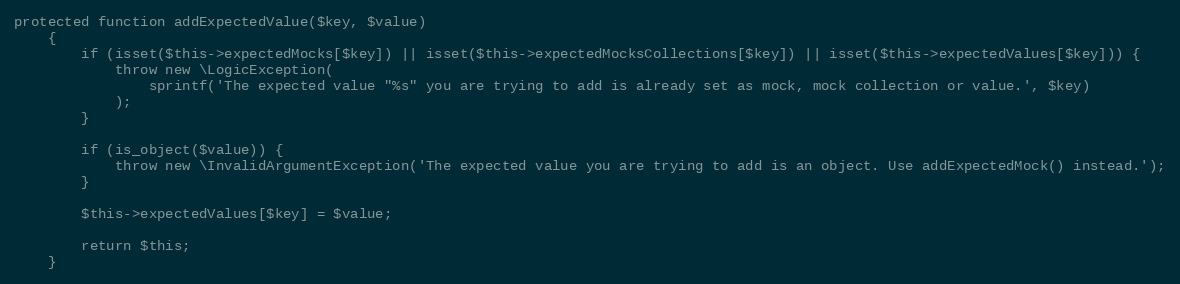
Language: PHP
protected function addExpectedValue($key, $value)
    {
        if (isset($this->expectedMocks[$key]) || isset($this->expectedMocksCollections[$key]) || isset($this->expectedValues[$key])) {
            throw new \LogicException(
                sprintf('The expected value "%s" you are trying to add is already set as mock, mock collection or value.', $key)
            );
        }

        if (is_object($value)) {
            throw new \InvalidArgumentException('The expected value you are trying to add is an object. Use addExpectedMock() instead.');
        }

        $this->expectedValues[$key] = $value;

        return $this;
    }